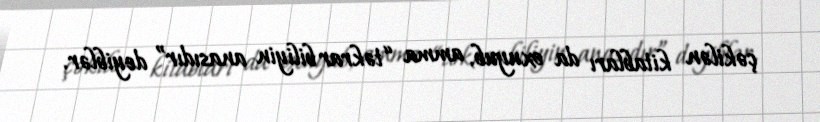
çəkilən kitabları da oxuyub, amma “təkrar biliyin anasıdır” deyiblər.